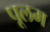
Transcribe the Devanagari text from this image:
पूलम